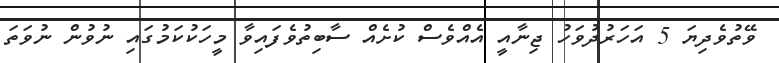
ވޭތުވެދިޔަ 5 އަހަރުދުވަހު ޖިނާއީ އެއްވެސް ކުށެއް ސާބިތުވެފައިވާ މީހަކުކަމުގައި ނުވުން ނުވަތަ